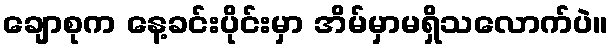
ချောစုက နေ့ခင်းပိုင်းမှာ အိမ်မှာမရှိသလောက်ပဲ။